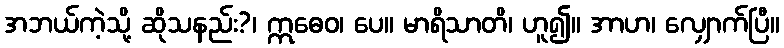
အဘယ်ကဲ့သို့ ဆိုသနည်း?၊ ဣဓေဝ၊ ပေ။ မာရိသာတိ၊ ဟူ၍။ အာဟ၊ လျှောက်ပြီ။